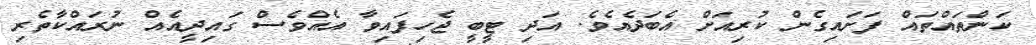
ކަންތައްތައް ފަށައިގެން ކުރިއަށް އެބަދެއެވެ. އަދި ޓީބީ ޖެހިފައިވާ އެއްވެސް ގައިދީއެއް ނުރައްކާތެރި